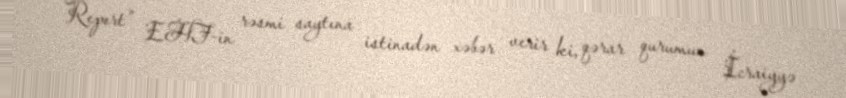
Report" EHF-in rəsmi saytına istinadən xəbər verir ki, qərar qurumun İcraiyyə